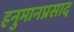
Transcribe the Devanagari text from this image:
हनुमानप्रसाद